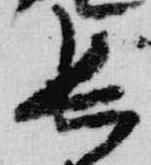
長